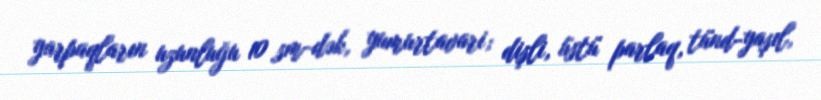
yarpaqların uzunluğu 10 sm-dək, yumurtavari; dişli, üstü parlaq, tünd-yaşıl,